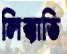
লিক্কাভি